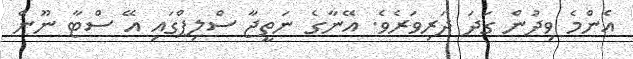
އެންމެ ވިދުން ގަދަ ދަރިވަރެވެ. އޭނާގެ ނަތީޖާ ސްލިޕްގައި އޭ ސްޓާ ނޫން